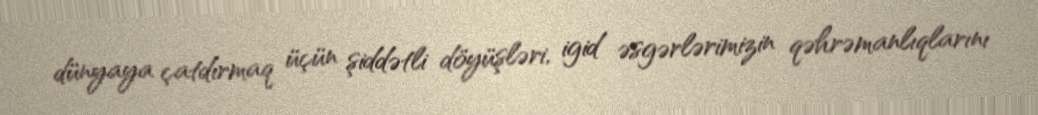
dünyaya çatdırmaq üçün şiddətli döyüşləri, igid əsgərlərimizin qəhrəmanlıqlarını